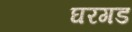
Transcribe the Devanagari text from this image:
घरगड